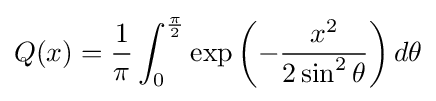
Q(x)={\frac {1}{\pi }}\int _{0}^{\frac {\pi }{2}}\exp \left(-{\frac {x^{2}}{2\sin ^{2}\theta }}\right)d\theta